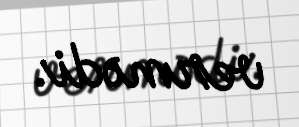
vermədi.